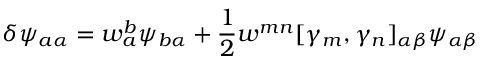
\delta \psi _ { a \alpha } = w _ { a } ^ { b } \psi _ { b \alpha } + \frac { 1 } { 2 } w ^ { m n } [ \gamma _ { m } , \gamma _ { n } ] _ { \alpha \beta } \psi _ { \alpha \beta }